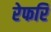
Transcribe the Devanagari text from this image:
रेफरि